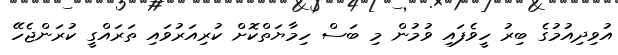
އުވިދިއުމުގެ ބިރު ހީވެފައި ވުމުން މި ބަސް ހިމާޔަތްކޮށް ކުރިއަރުވައި ތަރައްގީ ކުރަންޖެހޭ